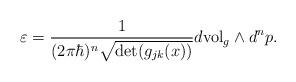
LaTeX: \begin{align*}\varepsilon=\frac{1}{(2\pi\hbar)^{n}\sqrt{\det(g_{jk}(x))}}d\mathrm{vol}_{g}\wedge d^{n}p.\end{align*}